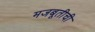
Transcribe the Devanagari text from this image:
मजबूतीची